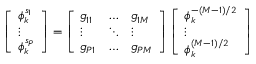
\left[ \begin{array} { l } { \phi _ { k } ^ { s _ { 1 } } } \\ { \vdots } \\ { \phi _ { k } ^ { s _ { P } } } \end{array} \right] = \left[ \begin{array} { l l l } { g _ { 1 1 } } & { \hdots } & { g _ { 1 M } } \\ { \vdots } & { \ddots } & { \vdots } \\ { g _ { P 1 } } & { \hdots } & { g _ { P M } } \end{array} \right] \left[ \begin{array} { l } { \phi _ { k } ^ { - ( M { - } 1 ) / 2 } } \\ { \vdots } \\ { \phi _ { k } ^ { ( M { - } 1 ) / 2 } } \end{array} \right]